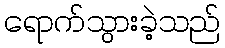
ရောက်သွားခဲ့သည်